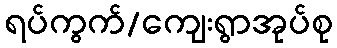
ရပ်ကွက်/ကျေးရွာအုပ်စု